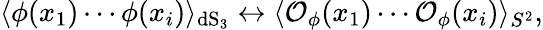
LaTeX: \langle\phi(x_{1})\cdots\phi(x_{i})\rangle_{\mathrm{dS}_{3}}\leftrightarrow\langle{\cal{O}}_{\phi}(x_{1})\cdots{\cal{O}}_{\phi}(x_{i})\rangle_{S^{2}},